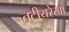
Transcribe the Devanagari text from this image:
तटीयरेखा